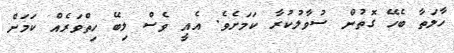
ހާލަތާ ބެހޭ ގޮތުން ސުވާލުކުރާ ކަމަށެވެ. އެއީ ވެސް ލިބޭ ހިތްވަރެއް ކަމަށް